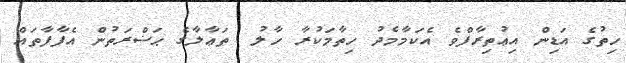
ހިތުގެ އަޑިން އިޢުތިރާފްވެ އެކަމާމެދު ހިތާމަކުރާ ހާލު  ތަޢާލާގެ ޙަޟްރަތުން އެފާފާތައް